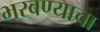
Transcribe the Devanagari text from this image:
भरवण्याचा